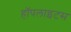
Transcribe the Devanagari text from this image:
हॉपलाइटस